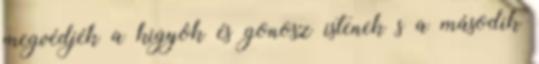
megvédjék a kigyók és gonosz istenek s a második